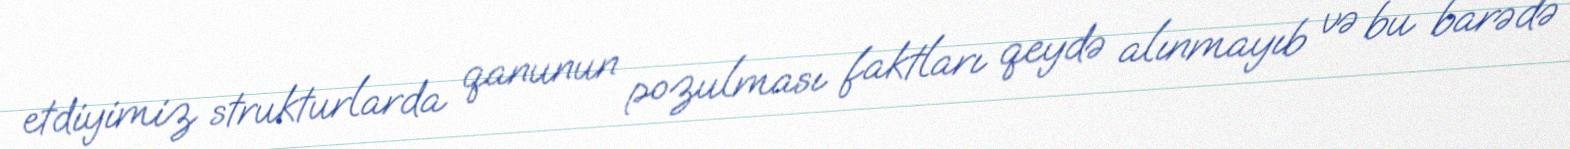
etdiyimiz strukturlarda qanunun pozulması faktları qeydə alınmayıb və bu barədə